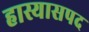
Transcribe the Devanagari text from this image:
हास्यासपद